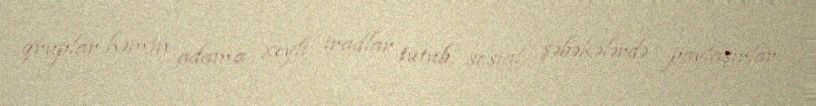
qruplar həmin adama xeyli iradlar tutub, sosial şəbəkələrdə paylaşırlar.